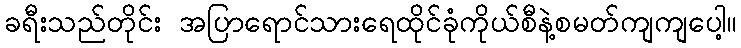
ခရီးသည်တိုင်း အပြာရောင်သားရေထိုင်ခုံကိုယ်စီနဲ့စမတ်ကျကျပေါ့။